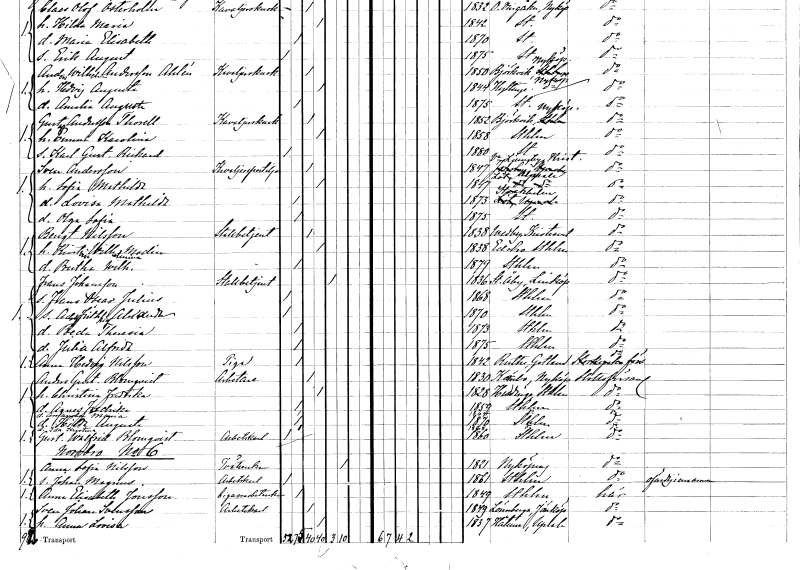
gt_parse: households: individuals: FN: Gustaf
EN: Andersson Thorell
YRKE: Kavaljerskusk
KON: M
CIV: G
FODAR: 1852
FODFORS: Björkvik Södermanlands län
FN: Emma Karolina
KON: K
CIV: G
FODAR: 1858
FODFORS: Stockholm
FN: Karl Gustaf Richard
KON: M
CIV: O
FODAR: 1880
FODFORS: Stockholm
FN: Sven
EN: Andersson
YRKE: Kavaljerspostiljon
KON: M
CIV: G
FODAR: 1847
FODFORS: Västra Ljungby Kristianstads län
FN: Sofia Mathilda
KON: K
CIV: G
FODAR: 1847
FODFORS: Löt Uppsala län
FN: Lovisa Mathilda
KON: K
CIV: O
FODAR: 1873
FODFORS: Stockholm
FN: Olga Sofia
KON: K
CIV: O
FODAR: 1875
FODFORS: Stockholm
FN: Bengt
EN: Nilsson
YRKE: Stallbetjänt
KON: M
CIV: G
FODAR: 1838
FODFORS: Vedby Kristianstads län
FN: Kristina Wilhelmina
EN: Modin
KON: K
CIV: G
FODAR: 1838
FODFORS: Edsbro Stockholms län
FN: Bertha Wilhelmina
KON: K
CIV: O
FODAR: 1879
FODFORS: Stockholm
FN: Frans
EN: Johansson
YRKE: Stallbetjänt
KON: M
CIV: E
FODAR: 1836
FODFORS: Stora Åby Östergötlands län
FN: Frans Oscar Julius
KON: M
CIV: O
FODAR: 1868
FODFORS: Stockholm
FN: Adolf Fritiof Alexander
KON: M
CIV: O
FODAR: 1870
FODFORS: Stockholm
FN: Beda Theresia
KON: K
CIV: O
FODAR: 1873
FODFORS: Stockholm
FN: Julia Alfrida
KON: K
CIV: O
FODAR: 1875
FODFORS: Stockholm
FN: Anna Hedvig
EN: Nilsson
YRKE: Piga
KON: K
CIV: O
FODAR: 1842
FODFORS: Rute Gotlands län
FN: Anders Gustaf
EN: Blomqvist
YRKE: Arbetare
KON: M
CIV: G
FODAR: 1830
FODFORS: Kärnbo Södermanlands län
FN: Christina Fredrika
KON: K
CIV: G
FODAR: 1828
FODFORS: Huddinge Stockholms län
FN: Agnes Fredrika
KON: K
CIV: O
FODAR: 1859
FODFORS: Stockholm
FN: Amanda Maria
KON: K
CIV: O
FODAR: 1864
FODFORS: Stockholm
FN: Hilda Augusta
KON: K
CIV: O
FODAR: 1870
FODFORS: Stockholm
FN: Ida Kristina
KON: K
CIV: O
FODAR: 1868
FODFORS: Stockholm
FN: Gustaf Walfrid
EN: Blomqvist
YRKE: Arbetskarl
KON: M
CIV: O
FODAR: 1860
FODFORS: Stockholm
FN: Anna Sofia
EN: Nilsson
YRKE: Tvätterska
KON: K
CIV: E
FODAR: 1821
FODFORS: Nyköping Södermanlands län
FN: Johan Magnus
YRKE: Arbetskarl
KON: M
CIV: O
FODAR: 1861
FODFORS: Stockholm
FN: Anna Elisabeth
EN: Jonsson
YRKE: Cigarrarbeterska
KON: K
CIV: O
FODAR: 1849
FODFORS: Stockholm
FN: Sven Johan
EN: Svensson
YRKE: Arbetskarl
KON: M
CIV: G
FODAR: 1849
FODFORS: Lönneberga Kalmar län
FN: Anna Lovisa
KON: K
CIV: G
FODAR: 1837
FODFORS: Håtuna Stockholms län